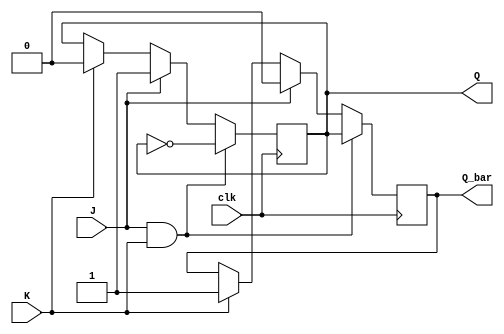
module jk_flip_flop (
    input J,
    input K,
    input clk,
    output reg Q,
    output reg Q_bar
);

always @(posedge clk) begin
    if(J && K) begin // toggle mode
        Q <= ~Q;
        Q_bar <= Q;
    end else if(J) begin // set mode
        Q <= 1;
        Q_bar <= 0;
    end else if(K) begin // reset mode
        Q <= 0;
        Q_bar <= 1;
    end
end

endmodule